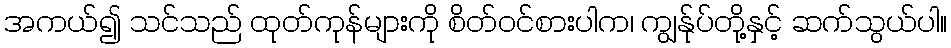
အကယ်၍ သင်သည် ထုတ်ကုန်များကို စိတ်ဝင်စားပါက၊ ကျွန်ုပ်တို့နှင့် ဆက်သွယ်ပါ။